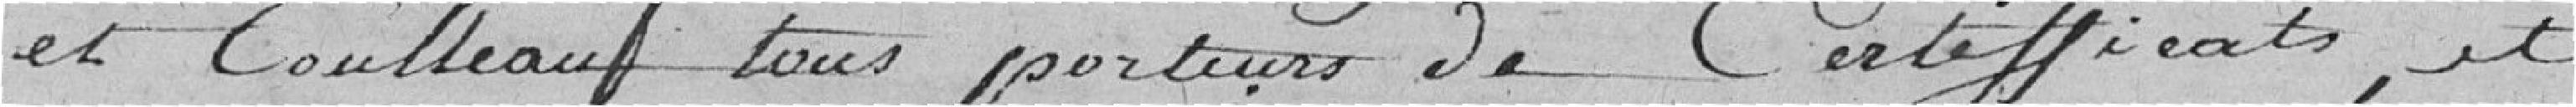
et Coulleau, tous porteurs de certificats et